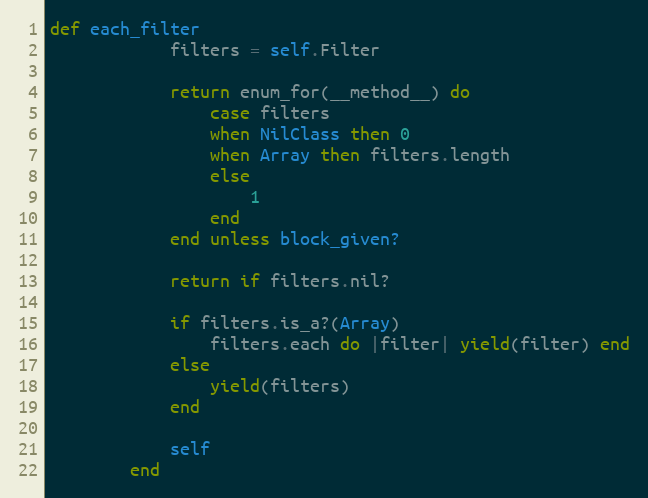
Language: Ruby
def each_filter
            filters = self.Filter

            return enum_for(__method__) do
                case filters
                when NilClass then 0
                when Array then filters.length
                else
                    1
                end
            end unless block_given?

            return if filters.nil?

            if filters.is_a?(Array)
                filters.each do |filter| yield(filter) end
            else
                yield(filters)
            end

            self
        end